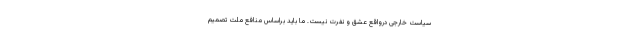
سیاست خارجی درواقع عشق و نفرت نیست. ما باید براساس منافع ملت تصمیم